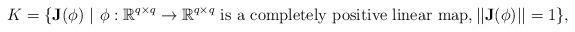
LaTeX: \begin{align*} K=\{\mathbf{J}(\phi) ~|~ \phi:\mathbb{R}^{q \times q} \rightarrow \mathbb{R}^{q \times q} ~{\rm is ~ a ~ completely~ positive ~linear ~map}, ||\mathbf{J}(\phi)||=1\}, \end{align*}